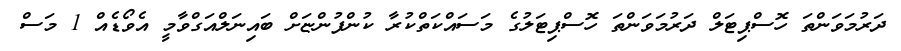
ދަރުމަވަންތަ ހޮސްޕިޓަލް ދަރުމަވަންތަ ހޮސްޕިޓަލުގެ މަސައްކަތްކުރާ ކުންފުންޏަށް ބައިނަލްއަގްވާމީ އެވޯޑެއް 1 މަސް